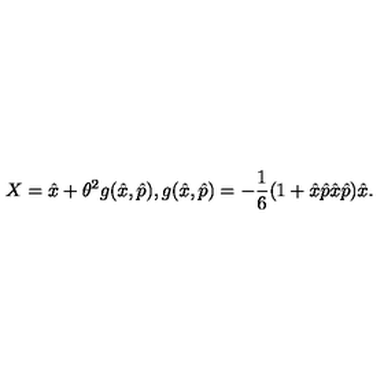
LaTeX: X = \hat { x } + \theta ^ { 2 } g ( \hat { x } , \hat { p } ) , g ( \hat { x } , \hat { p } ) = - \frac { 1 } { 6 } ( 1 + \hat { x } \hat { p } \hat { x } \hat { p } ) \hat { x } .